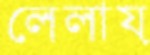
লেলায়